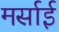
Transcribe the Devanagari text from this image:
मर्साई